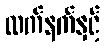
လက်နက်နှင့်